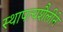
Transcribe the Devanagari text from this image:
स्थापत्यशैलीने